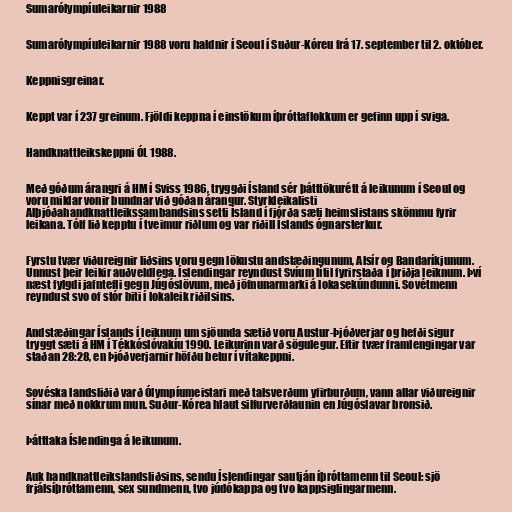
Sumarólympíuleikarnir 1988

Sumarólympíuleikarnir 1988 voru haldnir í Seoul í Suður-Kóreu frá 17. september til 2. október.

Keppnisgreinar.

Keppt var í 237 greinum. Fjöldi keppna í einstökum íþróttaflokkum er gefinn upp í sviga.

Handknattleikskeppni ÓL 1988.

Með góðum árangri á HM í Sviss 1986, tryggði Ísland sér þátttökurétt á leikunum í Seoul og
voru miklar vonir bundnar við góðan árangur. Styrkleikalisti
Alþjóðahandknattleikssambandsins setti Ísland í fjórða sæti heimslistans skömmu fyrir
leikana. Tólf lið kepptu í tveimur riðlum og var riðill Íslands ógnarsterkur.

Fyrstu tvær viðureignir liðsins voru gegn lökustu andstæðingunum, Alsír og Bandaríkjunum.
Unnust þeir leikir auðveldlega. Íslendingar reyndust Svíum lítil fyrirstaða í þriðja leiknum. Því
næst fylgdi jafntefli gegn Júgóslövum, með jöfnunarmarki á lokasekúndunni. Sovétmenn
reyndust svo of stór biti í lokaleik riðilsins.

Andstæðingar Íslands í leiknum um sjöunda sætið voru Austur-Þjóðverjar og hefði sigur
tryggt sæti á HM í Tékkóslóvakíu 1990. Leikurinn varð sögulegur. Eftir tvær framlengingar var
staðan 28:28, en Þjóðverjarnir höfðu betur í vítakeppni.

Sovéska landsliðið varð Ólympíumeistari með talsverðum yfirburðum, vann allar viðureignir
sínar með nokkrum mun. Suður-Kórea hlaut silfurverðlaunin en Júgóslavar bronsið.

Þátttaka Íslendinga á leikunum.

Auk handknattleikslandsliðsins, sendu Íslendingar sautján íþróttamenn til Seoul: sjö
frjálsíþróttamenn, sex sundmenn, tvo júdókappa og tvo kappsiglingarmenn.